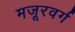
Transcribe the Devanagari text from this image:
मजूरवर्ग